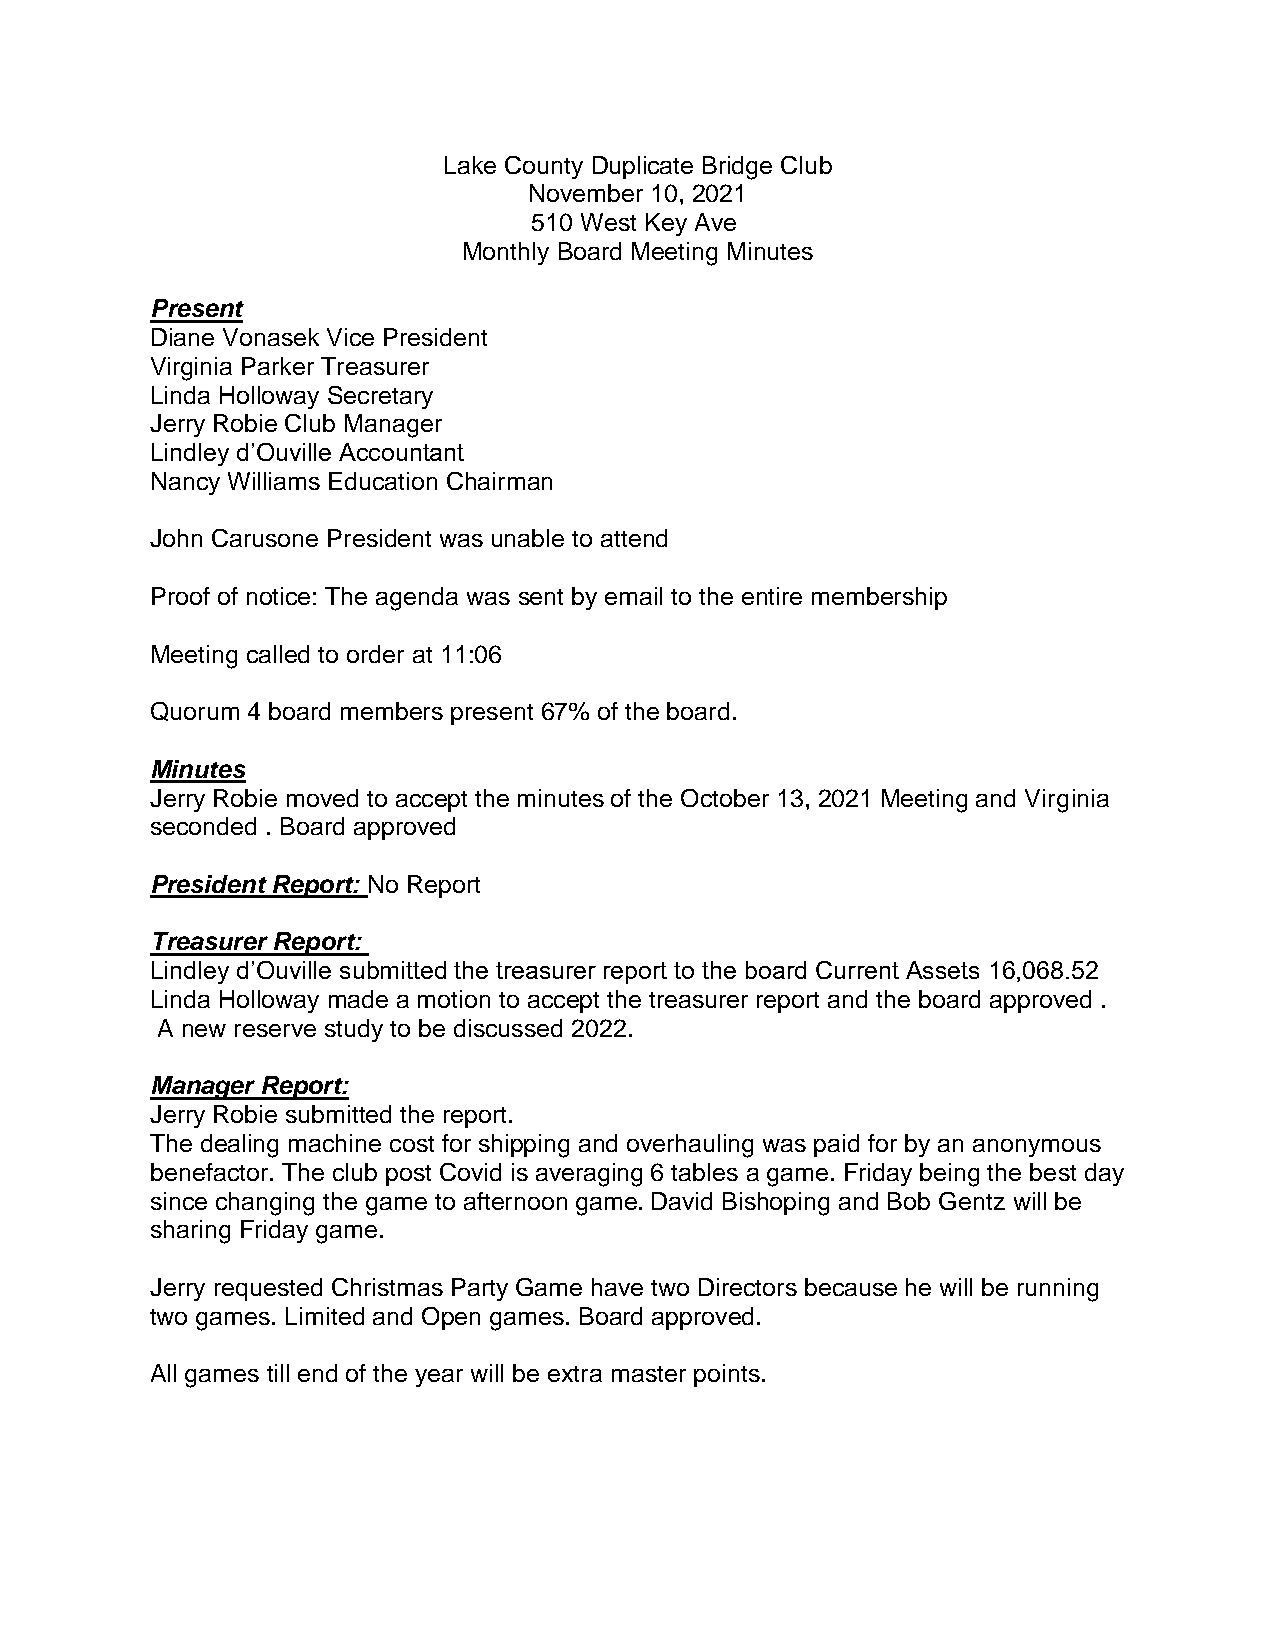
Lake County Duplicate Bridge Club
 November 10, 2021
 510 West Key Ave
 Monthly Board Meeting Minutes
 Present
 Diane Vonasek Vice President
 Virginia Parker Treasurer
 Linda Holloway Secretary
 Jerry Robie Club Manager
 Lindley d’Ouville Accountant
 Nancy Williams Education Chairman
 John Carusone President was unable to attend
 Proof of notice: The agenda was sent by email to the entire membership
 Meeting called to order at 11:06
 Quorum 4 board members present 67% of the board.
 Minutes
 Jerry Robie moved to accept the minutes of the October 13, 2021 Meeting and Virginia
 seconded . Board approved
 President Report: No Report
 Treasurer Report:
 Lindley d’Ouville submitted the treasurer report to the board Current Assets 16,068.52
 Linda Holloway made a motion to accept the treasurer report and the board approved .
 A new reserve study to be discussed 2022.
 Manager Report:
 Jerry Robie submitted the report.
 The dealing machine cost for shipping and overhauling was paid for by an anonymous
 benefactor. The club post Covid is averaging 6 tables a game. Friday being the best day
 since changing the game to afternoon game. David Bishoping and Bob Gentz will be
 sharing Friday game.
 Jerry requested Christmas Party Game have two Directors because he will be running
 two games. Limited and Open games. Board approved.
 All games till end of the year will be extra master points.